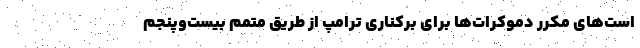
است‌های مکرر دموکرات‌ها برای برکناری ترامپ از طریق متمم بیست‌وپنجم